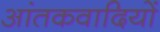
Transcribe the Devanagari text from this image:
आंतकवादियों